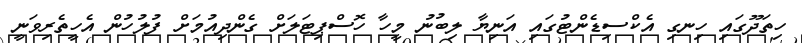
ހިތަދޫގައި ހިނގި އެކްސިޑެންޓުގައި އަނިޔާ ލިބުނު މީހާ ހޮސްޕިޓަލަށް ގެންދިއުމަށް ފުލުހުން އެހީތެރިވަނީ